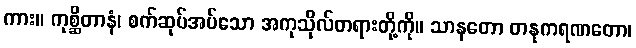
ကား။ ကုစ္ဆိတာနံ၊ စက်ဆုပ်အပ်သော အကုသိုလ်တရားတို့ကို။ သာနတော တနုကရဏတော၊